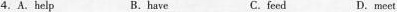
4.A.help B.have C.feed D.meet